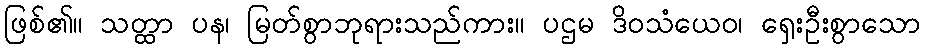
ဖြစ်၏။ သတ္ထာ ပန၊ မြတ်စွာဘုရားသည်ကား။ ပဌမ ဒိဝသံယေဝ၊ ရှေးဦးစွာသော